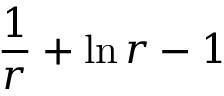
\frac { 1 } { r } + \ln r - 1